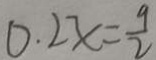
0 . 2 x = \frac { 9 } { 2 }